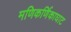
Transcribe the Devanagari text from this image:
मणिकर्णिकाघाट